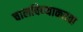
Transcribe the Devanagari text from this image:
चालविण्याकरता